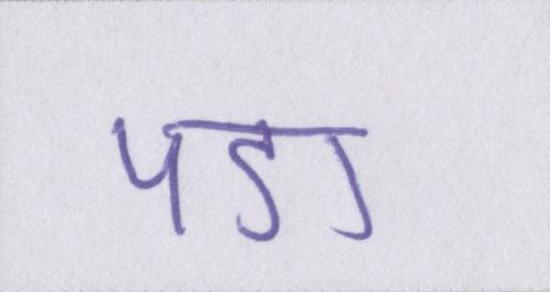
पडा